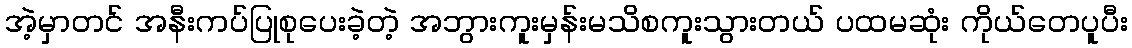
အဲ့မှာတင် အနီးကပ်ပြုစုပေးခဲ့တဲ့ အဘွားကူးမှန်းမသိစကူးသွားတယ် ပထမဆုံး ကိုယ်တေပူပီး